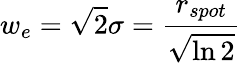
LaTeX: w_{e}=\sqrt{2}\sigma=\frac{r_{spot}}{\sqrt{\ln{2}}}